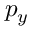
p _ { y }